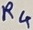
Text: R4